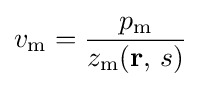
v_{\mathrm {m} }={\frac {p_{\mathrm {m} }}{z_{\mathrm {m} }(\mathbf {r} ,\,s)}}